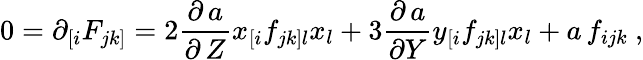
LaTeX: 0=\partial_{[i}F_{jk]}=2\frac{\partial\, a}{\partial\, Z}x_{[i}f_{jk]l}x_{l}+3\frac{\partial\, a}{\partial Y}y_{[i}f_{jk]l}x_{l}+a\, f_{ijk}\ ,